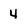
Character: 4